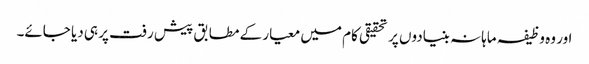
اور وہ وظیفہ ماہانہ بنیادوں پر تحقیقی کام میں معیار کے مطابق پیش رفت پر ہی دیا جائے۔